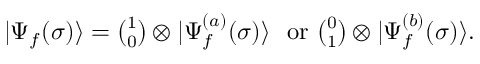
\begin{array} { r } { | \Psi _ { f } ( \sigma ) \rangle = \binom { 1 } { 0 } \otimes | \Psi _ { f } ^ { ( a ) } ( \sigma ) \rangle \, \, \, \, \mathrm { o r } \, \, \binom { 0 } { 1 } \otimes | \Psi _ { f } ^ { ( b ) } ( \sigma ) \rangle . } \end{array}